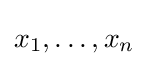
x_{1},\dotsc ,x_{n}